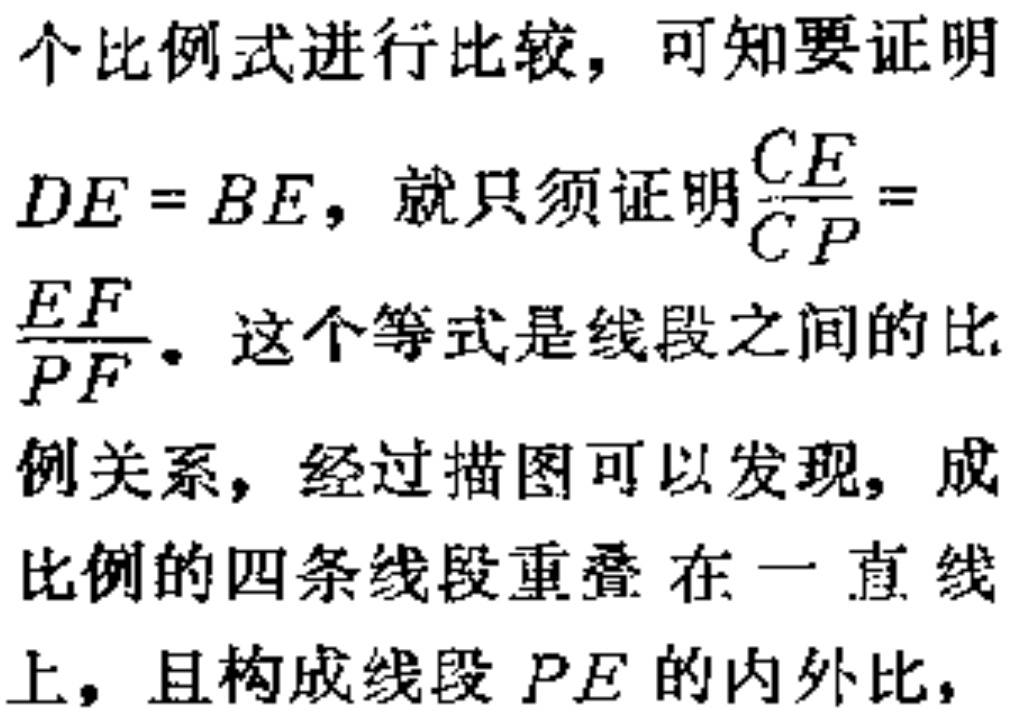
个比例式进行比较，可知要证明
$DE = BE$，就只须证明$\frac{CE}{CP} =$
$\frac{EF}{PF}$。这个等式是线段之间的比
例关系，经过描图可以发现，成
比例的四条线段重叠在一直线
上，且构成线段$PE$的内外比，